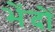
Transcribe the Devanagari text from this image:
भेंदों